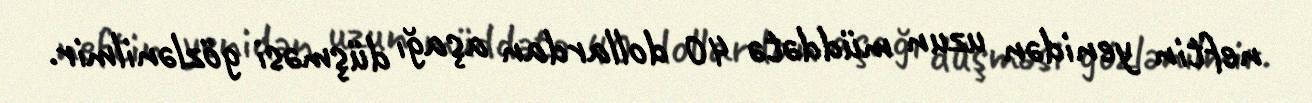
neftin yenidən uzun müddətə 40 dollardan aşağı düşməsi gözlənilmir.